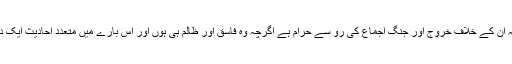
اس سے قبل فرماتے ہیں کہ ان کے خلاف خروج اور جنگ اجماع کی رو سے حرام ہے اگرچہ وہ فاسق اور ظالم ہی ہوں اور اس بارے میں متعدد احادیث ایک دوسرے کی تائید کرتی ہیں۔